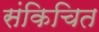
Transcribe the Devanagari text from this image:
संकिचित